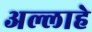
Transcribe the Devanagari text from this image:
अल्लाहे